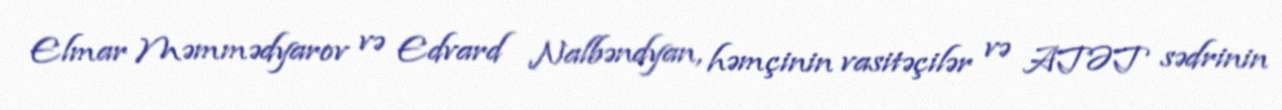
Elmar Məmmədyarov və Edvard Nalbəndyan, həmçinin vasitəçilər və ATƏT sədrinin